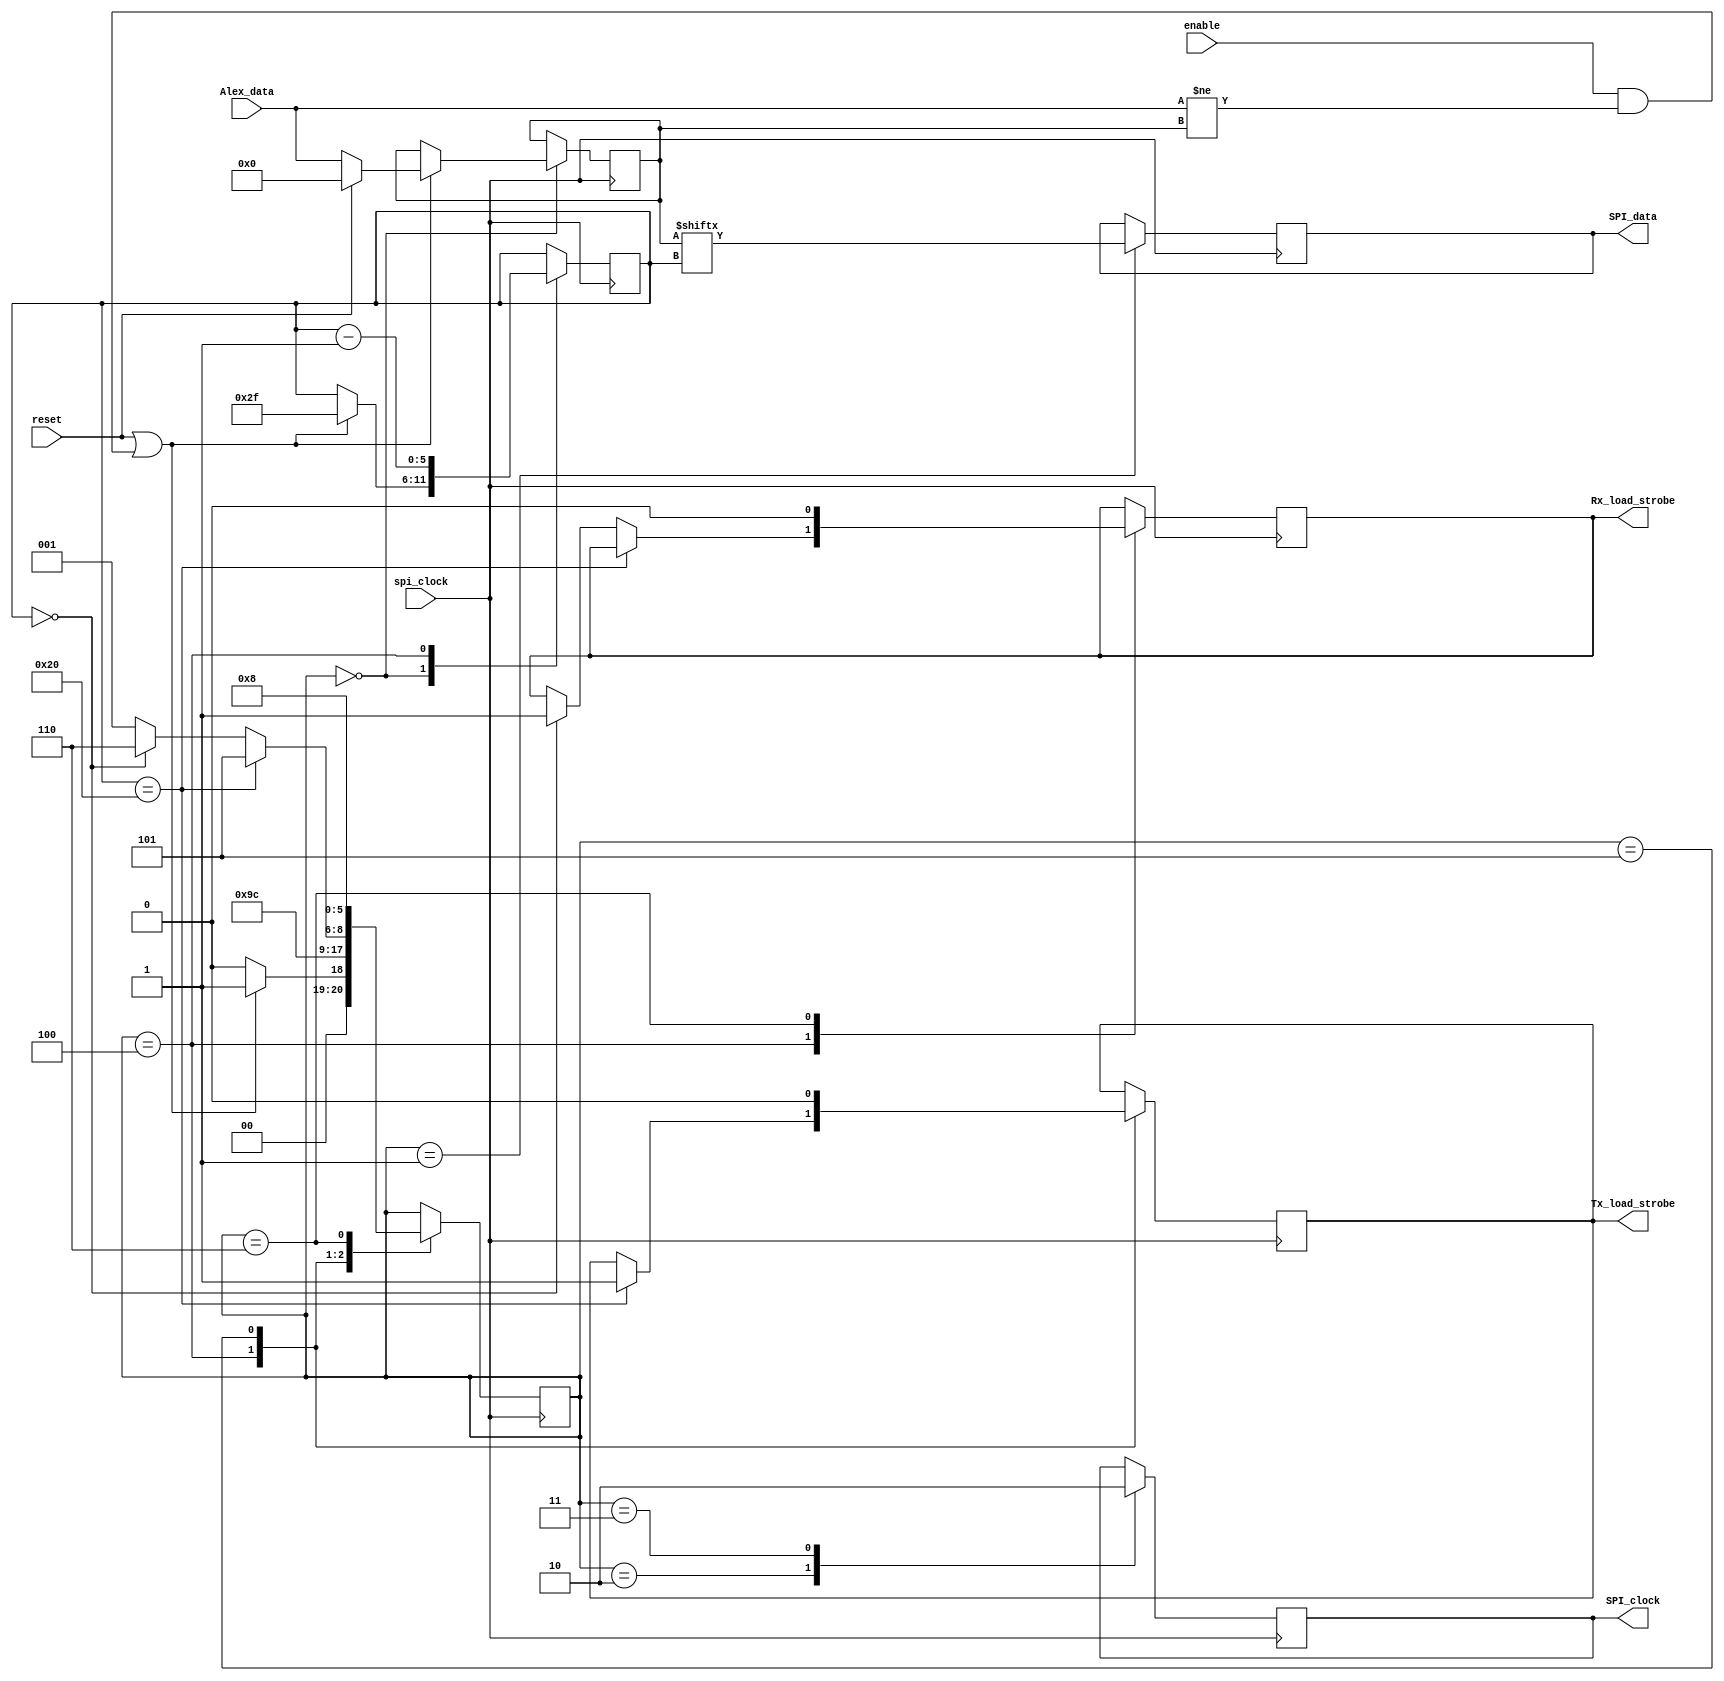
// V2.0 13th September 2014
//
// Copyright 2014 Phil Harman VK6PH
// Copyright 2016 Joe Martin K5SO  (modifications for the Orion MkII PA/filter board)
//
//  HPSDR - High Performance Software Defined Radio
//
//  Alex SPI interface.
//
//
//  This program is free software; you can redistribute it and/or modify
//  it under the terms of the GNU General Public License as published by
//  the Free Software Foundation; either version 2 of the License, or
//  (at your option) any later version.
//
//  This program is distributed in the hope that it will be useful,
//  but WITHOUT ANY WARRANTY; without even the implied warranty of
//  MERCHANTABILITY or FITNESS FOR A PARTICULAR PURPOSE.  See the
//  GNU General Public License for more details.
//
//  You should have received a copy of the GNU General Public License
//  along with this program; if not, write to the Free Software
//  Foundation, Inc., 59 Temple Place, Suite 330, Boston, MA  02111-1307  USA



//---------------------------------------------------
//		Alex SPI interface
//---------------------------------------------------


/*
	data to send to PA/filter board is in the folowing format:

		Bit 	Function 			I.C. Output
	------ 	------------ 		-----------
				(Rx0 data)
	Bit 00 - YELLOW LED   		U6 - D0 		All are active "High"
	Bit 01 - 13 MHz HPF  		U6 - D1
	Bit 02 - 20 MHz HPF  		U6 - D2
	Bit 03 - 6M Preamp  			U6	- D3		12M/10M/6M LNA
	Bit 04 - 9.5 MHz HPF  		U6 - D4
	Bit 05 - 6.5 MHz HPF  		U6 - D5
	Bit 06 - 1.5 MHz HPF 		U6 - D6	
	Bit 07 - N.C. 					U6 - D7
	Bit 08 - XVTR RX In 			U10 - D0
	Bit 09 - EXT1			 		U10 - D1
	Bit 10 - NC 					U10 - D2
	Bit 11 - RX BYPASS OUT     U10 - D3
	Bit 12 - HPF BYPASS 			U10 - D4
	Bit 13 - NC 					U10 - D5
	Bit 14 - RX MASTER IN SELECT U10 - D6
	Bit 15 - RED LED 				U10 - D7		
	
				(Rx1 data)
	Bit 16 - YELLOW_LED_2		U7 - D0
	Bit 17 - 13MHz HPF_2			U7 - D1
	Bit 18 - 20MHz HPF_2			U7 - D2
	Bit 19 - 6M Preamp_2			U7 - D3      	12M/10M/6M LNA_2
	Bit 20 - 9.5MHz HPF_2		U7 - D4
	Bit 21 - 6.5 MHz HPF_2		U7 - D5
	Bit 22 - 1.5 MHz HPF_2		U7 - D6
	Bit 23 - NC	(100W PA)*		U7 - D7			* NC (100W PA), RX2_GROUND (500W PA)
	Bit 24 - RX2_GROUND (100W PA)* U13 - D0	
	Bit 25 - NC						U13 - D1
	Bit 26 - NC						U13 - D2
	Bit 27 - NC						U13 - D3
	Bit 28 - HPF BYPASS_2		U13 - D4
	Bit 29 - NC						U13 - D5
	Bit 30 - NC						U13 - D6
	Bit 31 - RED LED_2			U13 - D7
	
				(Tx data)
	Bit 32 - N.C. 					U3 - D0 		
	Bit 33 - N.C. 					U3 - D1
	Bit 34 - N.C. (100W)**		U3 - D2			** TRX)STATUS (500W PA)
	Bit 35 - YELLOW LED 			U3 - D3
	Bit 36 - BPF3			 		U3 - D4			30/20M
	Bit 37 - BPF2 					U3 - D5			60/40M
	Bit 38 - BPF1 					U3 - D6			80M
	Bit 39 - BPF0 					U3 - D7			160M
	Bit 40 - ANT #1 				U5 - D0
	Bit 41 - ANT #2 				U5 - D1
	Bit 42 - ANT #3 				U5 - D2
	Bit 43 - T/R Relay 			U5 - D3 			Transmit is high, Rec Low
	Bit 44 - RED LED 				U5 - D4
	Bit 45 - BYPASS(BPF Bypass) U5 - D5
	Bit 46 - BPF5			 		U5 - D6			12/10M
	Bit 47 - BPF4			 		U5 - D7			17/15M
	
	Bit number refers to Alex_data[x]
	
	Alex_data bits are sent to the SPI bus in reverse order, i.e., bit 47 first, bit 46 second, etc
	
	SPI data is sent to Alex whenever data changes.
	On reset all outputs are set off. 

*/

module SPI(
				input reset,
				input  spi_clock,
				input enable,
				input [47:0]Alex_data,
				output reg SPI_data,
				output reg SPI_clock,
				output reg Rx_load_strobe,
				output reg Tx_load_strobe
			);

reg [2:0] spi_state;
reg [5:0] data_count;
reg [47:0] previous_Alex_data;
//reg loop_count; 		// used to send data word twice each time the data word changes
 
always @ (posedge spi_clock)
begin
case (spi_state)
3'd0:	begin
		if (reset | ( enable & (Alex_data != previous_Alex_data))) begin
			previous_Alex_data <= reset ? 48'd0 : Alex_data; // save current data right away, it could change
			data_count <= 6'd47;				// set starting bit count to 47
			spi_state <= 3'd1;
		end
		else spi_state <= 3'd0;					// wait for Alex data to change
	end		
3'd1:	begin
		SPI_data <= previous_Alex_data[data_count];	// set up data to send
		spi_state <= 3'd2;
	end
3'd2:	begin
		SPI_clock <= 1'b1;					// set clock high
		spi_state <= 3'd3;
	end
3'd3:	begin
		SPI_clock <= 1'b0;					// set clock low
		spi_state <= 3'd4;
	end
3'd4:	begin
		if (data_count == 6'd32) begin
			Tx_load_strobe <= 1'b1;			// strobe the 16 bits Tx data out in parallel
			spi_state <= 3'd5;
		end
		else if (data_count == 6'd0) begin
			Rx_load_strobe <= 1'b1;			// strobe the 32 bits of Rx1 and Rx0 data out in parallel
			spi_state <= 3'd6;
		end
		else begin
			spi_state  <= 3'd1;  			// go round again
		end
		data_count <= data_count - 6'b1; // decrement Alex_data index pointer
	end
3'd5:	begin
		Tx_load_strobe <= 1'b0;				// reset Tx_load_strobe
		spi_state <= 3'd1;					// now send 32 bits of Rx data (16 bits Rx1 followed by 16 bits Rx0) data out on the SPI bus
	end
3'd6:	begin
	Rx_load_strobe <= 1'b0;				// reset Rx strobe
//	loop_count <= loop_count + 1'b1; // loop_count increments each time the SPI data word is sent after a word change is detected
//	if (loop_count == 1'b1) begin			
//			data_count <= 6'd47;				// set starting bit count to 47
//			spi_state <= 3'd1;			// send data word twice
//		end
//		else begin
			spi_state <= 3'd0;						// reset for next run
//		end
	end
	
endcase
end

endmodule